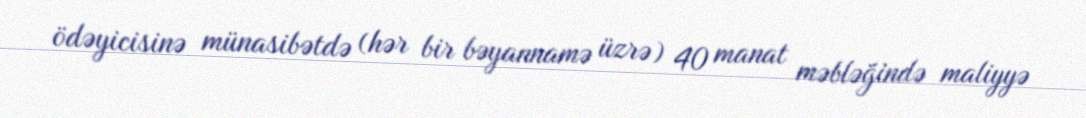
ödəyicisinə münasibətdə (hər bir bəyannamə üzrə) 40 manat məbləğində maliyyə